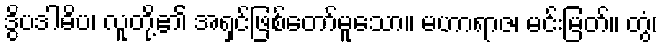
ဒွိပဒါဓိပ၊ လူတို့၏ အရှင်ဖြစ်တော်မူသော။ မဟာရာဇ၊ မင်းမြတ်။ တွံ၊